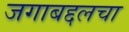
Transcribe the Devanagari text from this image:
जगाबद्दलचा